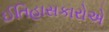
ઈતિહાસકારોએ